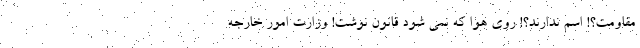
مقاومت؟! اسم ندارند؟! روی هوا که نمی شود قانون نوشت! وزارت امور خارجه